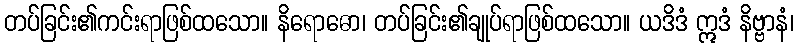
တပ်ခြင်း၏ကင်းရာဖြစ်ထသော။ နိရောဓော၊ တပ်ခြင်း၏ချုပ်ရာဖြစ်ထသော။ ယဒိဒံ ဣဒံ နိဗ္ဗာနံ၊